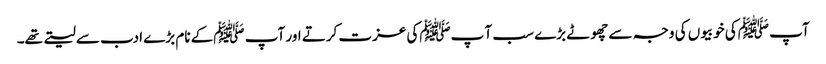
آپ ﷺکی خوبیوں کی وجہ سے چھوٹے بڑے سب آ پﷺکی عزت کرتے اور آپ ﷺکے نام بڑے ادب سے لیتے تھے۔